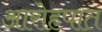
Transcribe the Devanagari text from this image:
आरोहपात